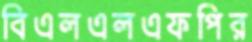
বিএলএলএফপির